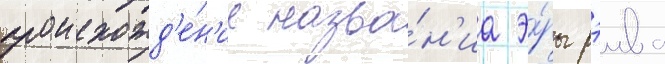
происхожд'е́н'ие назва́н'иа э́ры рэива